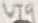
Text: VT9